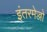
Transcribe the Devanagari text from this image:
इंतरमेज्जो